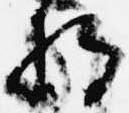
将